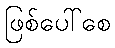
ဖြစ်ပေါ်စေ